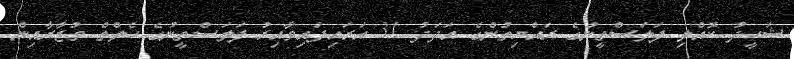
ޝަހީދު ކޮއްލި ފަލަސްތީނުގެ ރައްޔިތުންގެ އަދަދު 31 އަރައިފައިވާއިރު ފަލަސްތީނުގެ ހެލްތް ވުޒާރާއިން